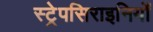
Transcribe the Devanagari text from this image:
स्ट्रेपसिराइनियों